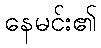
နေမင်း၏